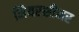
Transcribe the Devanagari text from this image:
मियरशीमर